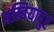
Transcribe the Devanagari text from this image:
अम्बियापुर